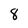
Character: 8